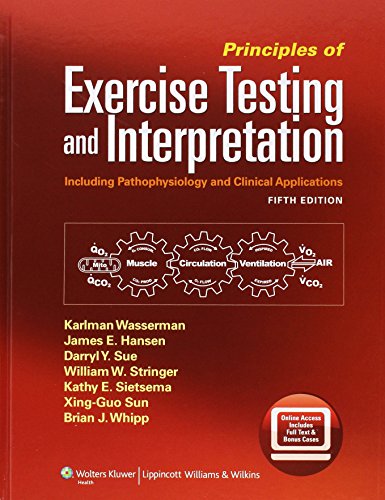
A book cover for Principles of Exercise Testing and Interpretation: Including Pathophysiology and Clinical Applications; Karlman Wasserman MD  PhD; Medical Books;